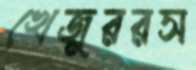
খেজুররস